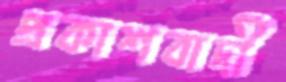
প্রকাশবাদী